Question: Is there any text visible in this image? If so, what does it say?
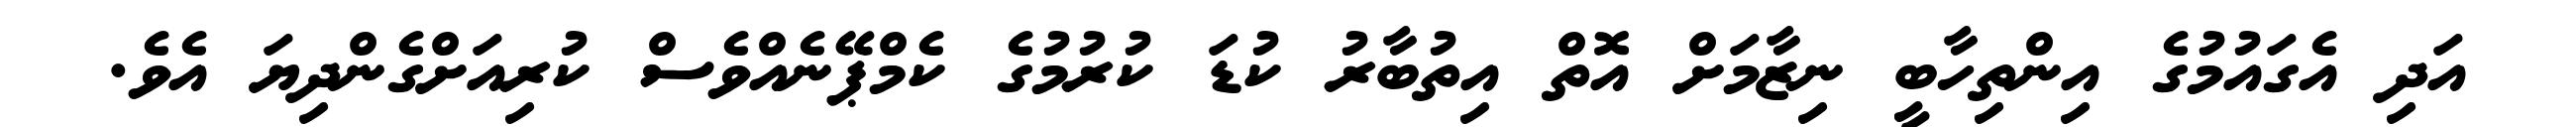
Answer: އަދި އެގައުމުގެ އިންތިހާބީ ނިޒާމަށް އޮތް އިތުބާރު ކުޑަ ކުރުމުގެ ކެމްޕޭނެއްވެސް ކުރިއަށްގެންދިޔަ އެވެ.